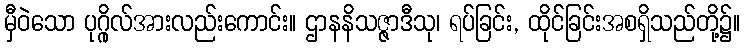
မှီဝဲသော ပုဂ္ဂိုလ်အားလည်းကောင်း။ ဌာနနိသဇ္ဇာဒီသု၊ ရပ်ခြင်း, ထိုင်ခြင်းအစရှိသည်တို့၌။